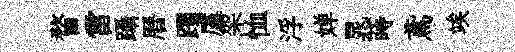
瞀雷躡曆躅廑架恤浮婵晁蒔鳶竢